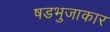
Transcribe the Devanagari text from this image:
षडभुजाकार